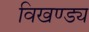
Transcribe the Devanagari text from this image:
विखण्ड्य